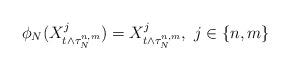
LaTeX: \begin{align*}\phi_N (X^{j}_{t\wedge \tau_N^{n,m}})= X^{j}_{t\wedge \tau_N^{n,m}},~ j\in\{n,m\}\end{align*}